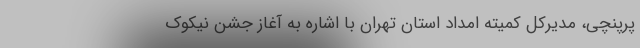
پرپنچی، مدیرکل کمیته امداد استان تهران با اشاره به آغاز جشن نیکوک